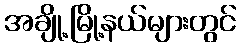
အချို့မြို့နယ်များတွင်